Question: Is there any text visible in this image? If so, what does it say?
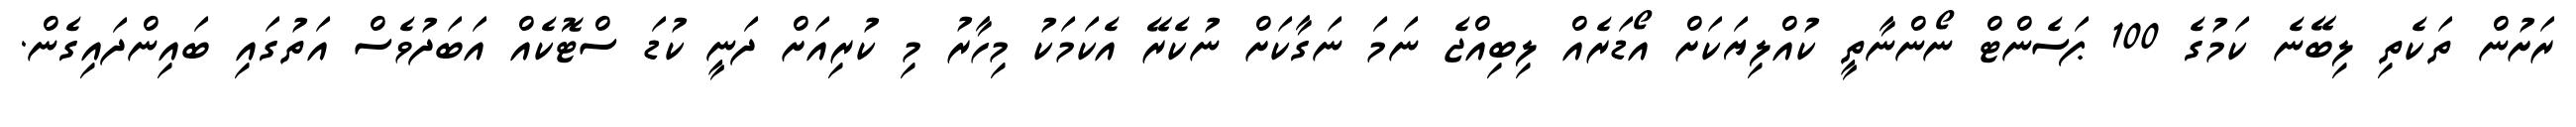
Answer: ރަށުން ތަކެތި ލިބޭނެ ކަމުގެ 100 ޕަސެންޓް ނޯންނާތީ ކުއްލިޔަކަށް އޯޑަރެއް ލިބިއްޖެ ނަމަ ނަގާކަށް ނުކެރޭ އެކަމަކު މިހާރު މި ކުރިއަށް ދަނީ ކުޑަ ސްޓޮކެއް އަބަދުވެސް އަތުގައި ބައިންދައިގެން.